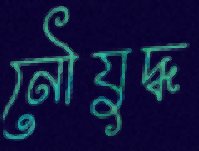
নৌযুদ্ধ